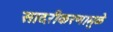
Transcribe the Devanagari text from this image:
सादरीकरणामुळे